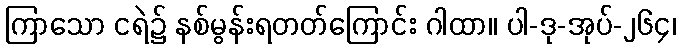
ကြာသော ငရဲ၌ နစ်မွန်းရတတ်ကြောင်း ဂါထာ။ ပါ-ဒု-အုပ်-၂၆၄၊